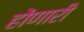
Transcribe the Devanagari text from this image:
होंणारी